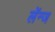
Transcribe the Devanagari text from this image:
लेंन्ज